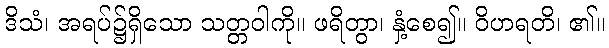
ဒိသံ၊ အရပ်၌ရှိသော သတ္တဝါကို။ ဖရိတွာ၊ နှံ့စေ၍။ ဝိဟရတိ၊ ၏။